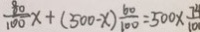
\frac { 8 0 } { 1 0 0 } x + ( 5 0 0 - x ) \frac { 6 0 } { 1 0 0 } = 5 0 0 \times \frac { 7 4 } { 1 0 }